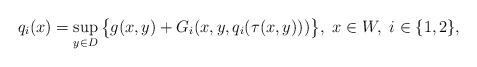
LaTeX: \begin{align*}q_{i}(x)=\sup_{y\in D}\big\{g(x,y)+G_{i}(x,y,q_{i}(\tau(x,y)))\big\}, ~x\in W,~ i \in \{1,2\},\end{align*}